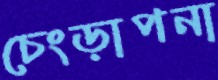
চেংড়াপনা